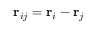
\mathbf { r } _ { i j } = \mathbf { r } _ { i } - \mathbf { r } _ { j }